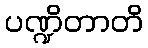
ပဏ္ဍိတာတိ